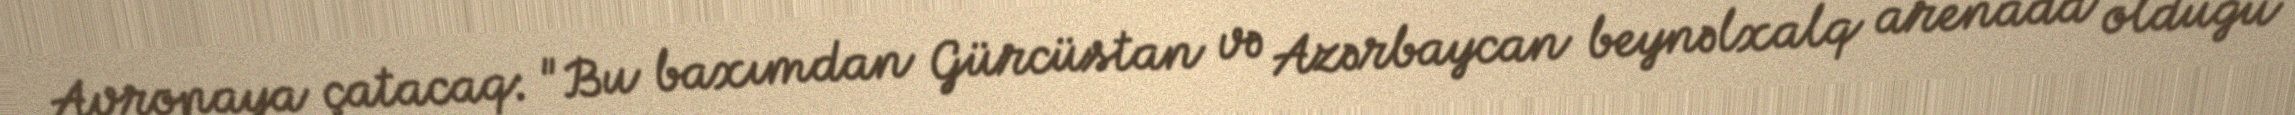
Avropaya çatacaq: "Bu baxımdan Gürcüstan və Azərbaycan beynəlxalq arenada olduğu